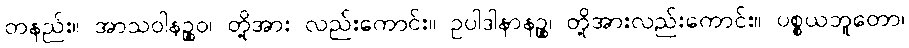
တနည်း။ အာသဝါနဉ္စဝ၊ တို့အား လည်းကောင်း။ ဥပါဒါနာနဉ္စ၊ တို့အားလည်းကောင်း။ ပစ္စယဘူတော၊